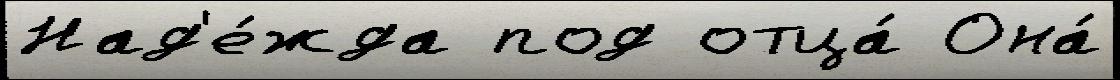
Над'е́жда под отца́ Она́